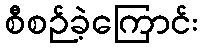
စီစဉ်ခဲ့ကြောင်း